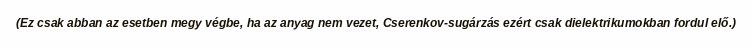
(Ez csak abban az esetben megy végbe, ha az anyag nem vezet, Cserenkov-sugárzás ezért csak dielektrikumokban fordul elő.)